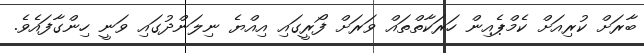
ބާރަށް ކުރިއަށް ކެމްޕެއިން ހަރަކާތްތައް ވަރަށް ފޯރީގައި އިއްޔެ ނިލަންދުގައި ވަނީ ހިންގާފައެވެ.